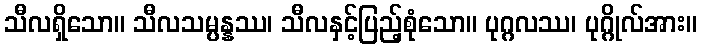
သီလရှိသော။ သီလသမ္ပန္နဿ၊ သီလနှင့်ပြည့်စုံသော။ ပုဂ္ဂလဿ၊ ပုဂ္ဂိုလ်အား။